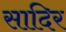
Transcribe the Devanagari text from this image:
सादिर